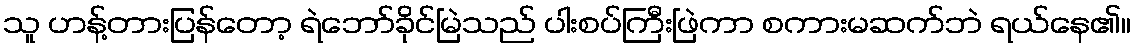
သူ ဟန့်တားပြန်တော့ ရဲဘော်ခိုင်မြဲသည် ပါးစပ်ကြီးဖြဲကာ စကားမဆက်ဘဲ ရယ်နေ၏။